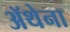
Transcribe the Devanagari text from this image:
ॲथेना